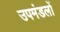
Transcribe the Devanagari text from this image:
उपमंडलों